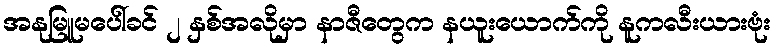
အနုမြူမပေါ်ခင် ၂ နှစ်အလိုမှာ နာဇီတွေက နယူးယောက်ကို နူကလီးယားဗုံး